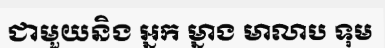
ជាមួយនិង អ្នក ម្នាង មាលាប ទុម